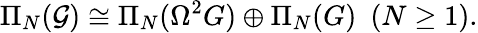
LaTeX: \Pi_{N}({\cal G})\cong\Pi_{N}(\Omega^{2}G)\oplus\Pi_{N}(G)~~(N\geq 1).